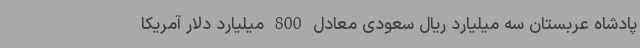
پادشاه عربستان سه میلیارد ریال سعودی معادل 800 میلیارد دلار آمریکا